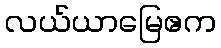
လယ်ယာမြေဧက